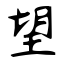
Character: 望